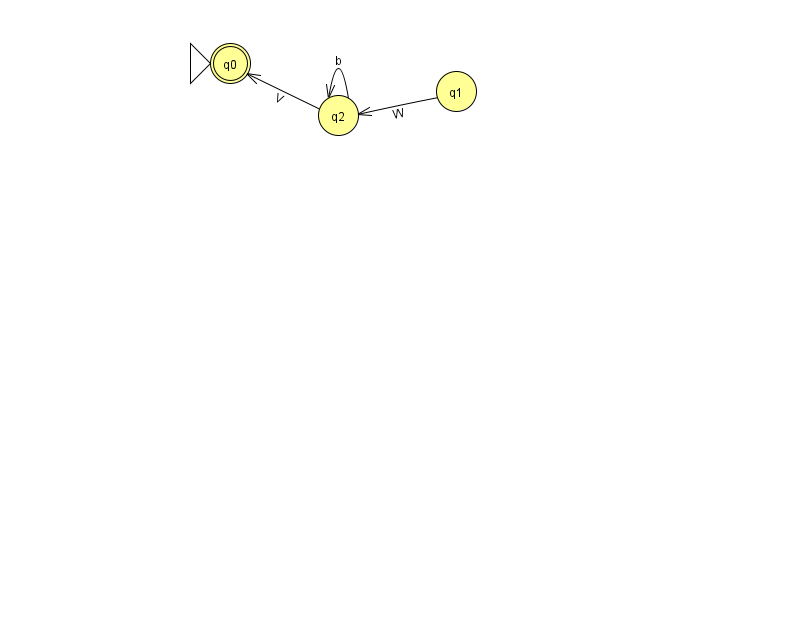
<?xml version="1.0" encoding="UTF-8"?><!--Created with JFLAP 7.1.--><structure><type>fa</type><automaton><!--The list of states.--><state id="0" name="q0"><x>230.0</x><y>50.0</y><initial/><final/></state><state id="1" name="q1"><x>456.0</x><y>78.0</y></state><state id="2" name="q2"><x>338.0</x><y>102.0</y></state><!--The list of transitions.--><transition><from>2</from><to>2</to><read>b</read></transition><transition><from>1</from><to>2</to><read>W</read></transition><transition><from>2</from><to>0</to><read>V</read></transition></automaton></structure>